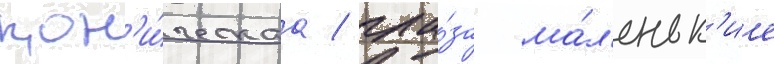
кон'и́ческаа / гла́за ма́л'еньк'ие